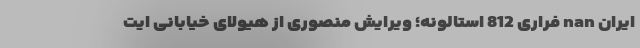
ایران nan فراری 812 استالونه؛ ویرایش منصوری از هیولای خیابانی ایت